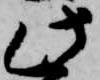
此